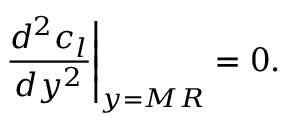
\left. { \frac { d ^ { 2 } c _ { l } } { d y ^ { 2 } } } \right| _ { y = M R } = 0 .